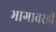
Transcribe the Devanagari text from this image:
भागावरही